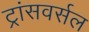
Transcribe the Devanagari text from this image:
ट्रांसवर्सल